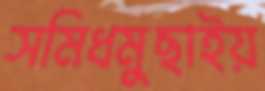
সমিধমুছাইয়